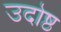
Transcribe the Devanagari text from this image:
उदोष्ठ